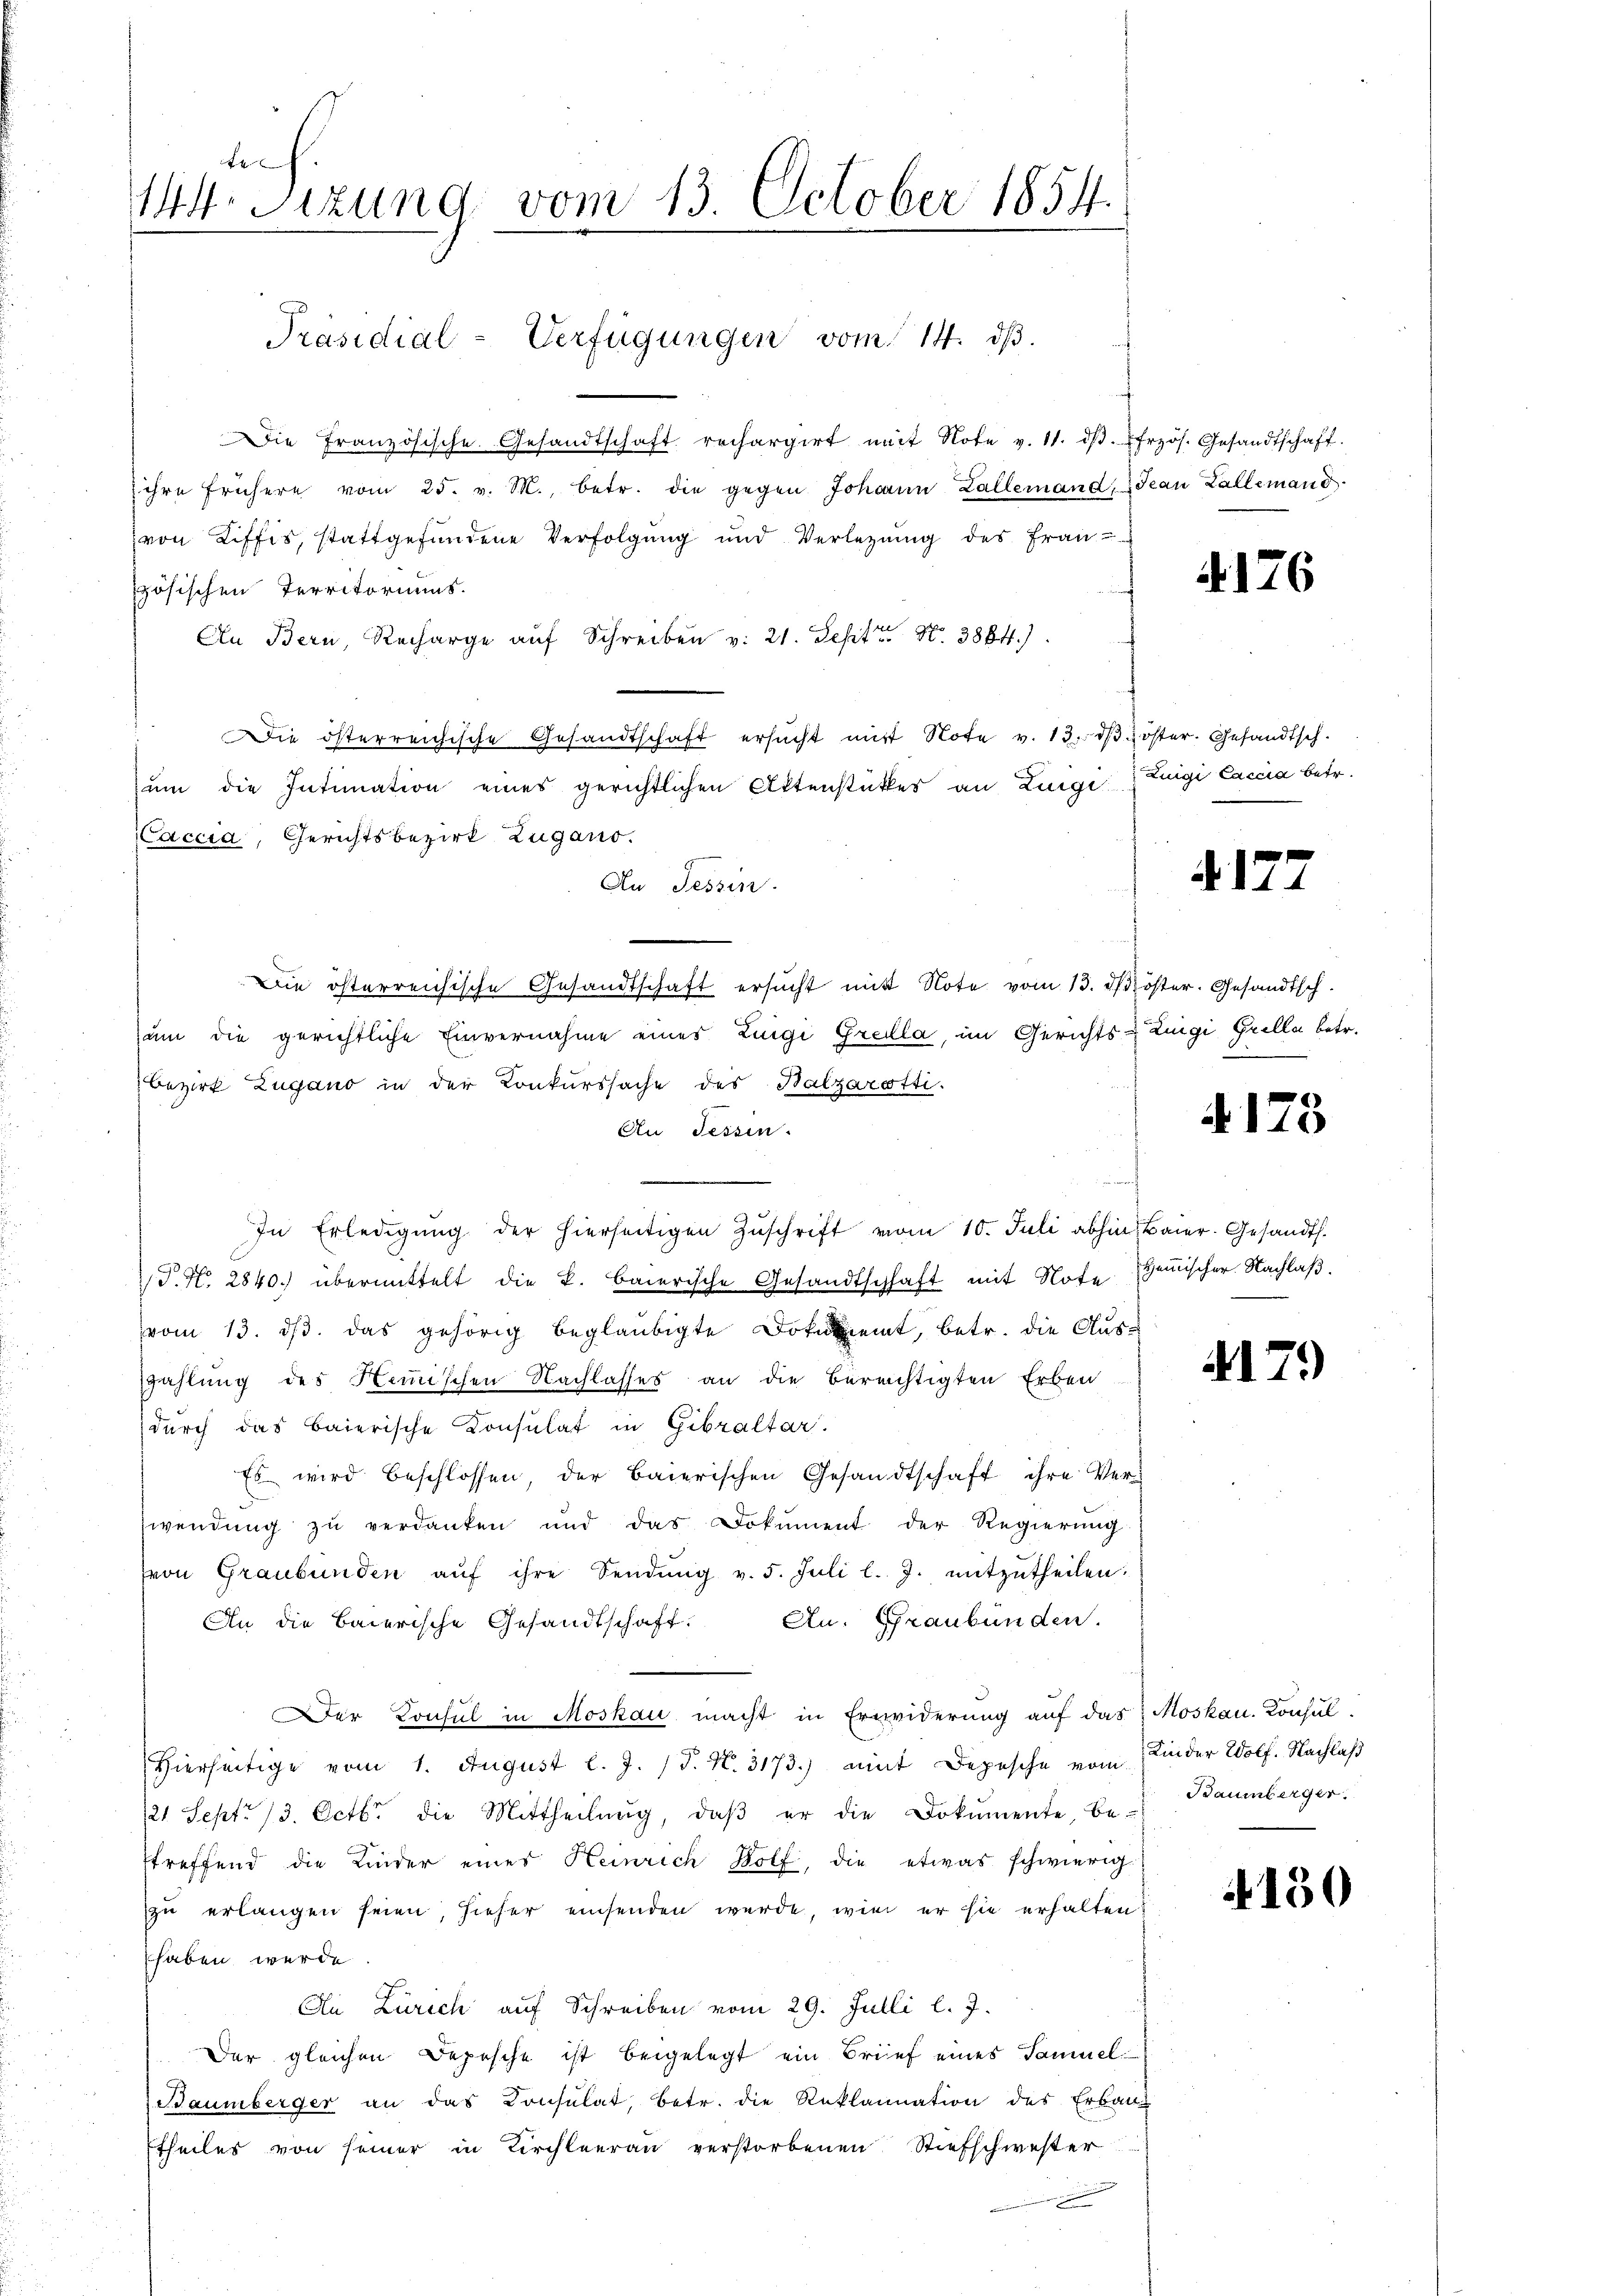
442
144. Sizung vom 13. October 1854.

Präsidial-Verfügungen vom 14. ds.

Die Französische Gesandtschaft rechargirt mit Note v. 11. dβ. frzös. Gesandtschaft.
ihre frühere vom 25. v. M., betr. die gegen Johann Zallemand, Jean Zallemand
von Liffis, stattgefundene Verfolgung und Verletzŭng des Frau
zösischen Territoriums.
An Bern, Recharge aŭf Schreiben v. 21. Sept N. 3884).
Die österreichische Gesandtschaft ersŭcht mit Note v. 13. dβ öster. Gesandtsch.
um die Intimation eines gerichtlichen Aktenstattes an Luigi Luigi Caccia betr.
Die österreichische Gesandtschaft ersucht mit Note vom 13. ds öster. Gesandtsch
um die gerichtliche Einvernahme eines Zungi Grella, im Gerichts-Ziigi Grella betr.
Bezirk Zugano in der Konkurssache des Balzarotti-
An dessen.
In Erledigŭng der hierseitigen Zŭschrift vom 10. Juli abhin Baier. Gesandts
P. N. 2840.) übermittelt die k. baierische Gesandtschaft mit Note gemischer Nachlaβ.
vom 13. ds. das gehörig beglaubigte Dokument, betr. die Auszahlung des Hemischen Nachlasses an die Berechtigten Erben
durch das Baierische Consulat in Gibraltar
Es wird beschlossen, der baierischen Gesandtschaft ihre Ver-
d
wendung zu verdanken und das Dokument der Regierung
von Graubünden aŭf ihre Sendŭng v. 5. Juli l. J. mitzŭtheilen.
An die Baierische Gesandtschaft. An Graubünden.
Der Konsul in Moskau macht in Erwiderung auf das Moskau. Konsul-
Hierseitige vom 1. August l. J. J. N. 3173.) mit Depesche vom Kinder Wolf. Nachlaß
21 Sept. 13. Octbr. die Mittheilŭng, daβ er die Dokumente, be-
treffend die Linder eines Heinrich Bolf, die etwas schwierig
zu erlangen seien, hieher einsenden werde, wie er sie erhalten?
haben werde
An Zürich auf Schreiben vom 29. Julli l. J.
Der gleichen Depesche ist beigelegt ein Brief eines Samuel
Baumberger an das Consulat, betr. die Reklamation der Erbau
theiles von seiner in Kirchleerau verstorbenen Stiefschwester
.

Caccia, Gerichtsbezirk Zugano.

An Tessin.

4176

4177

4175

4179

Baumberger.

4150